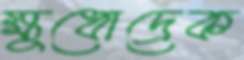
ক্ষুধোদ্রেক